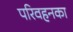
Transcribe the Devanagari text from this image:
परिवहनका